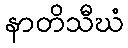
နာတိသီဃံ